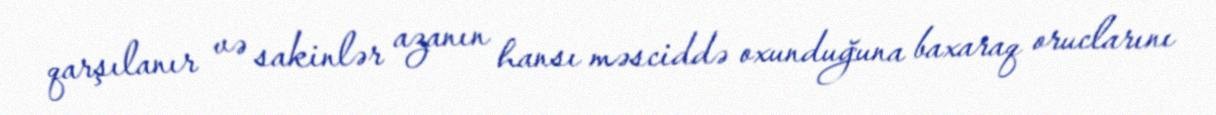
qarşılanır və sakinlər azanın hansı məsciddə oxunduğuna baxaraq oruclarını